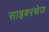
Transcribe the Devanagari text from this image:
साइबरचेज